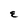
Character: E